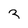
Character: 3